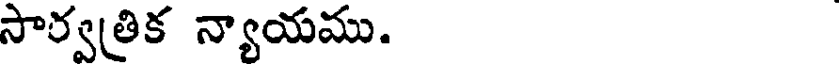
సార్వత్రిక న్యాయము.